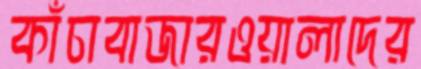
কাঁচাবাজারওয়ালাদের